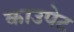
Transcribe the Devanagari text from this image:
काउपेट